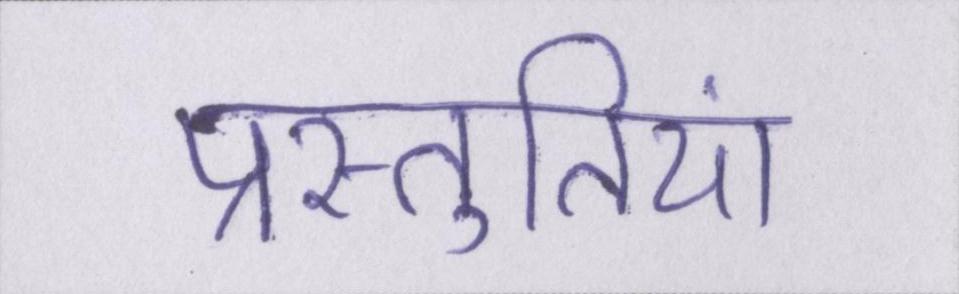
प्रस्तुतियां